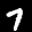
Label: 7